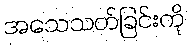
အသေသတ်ခြင်းကို